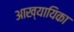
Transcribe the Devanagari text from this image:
अाख्यायिका